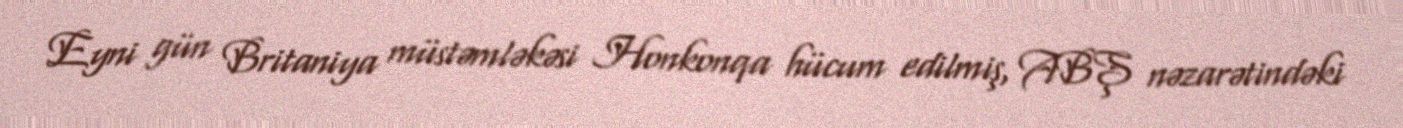
Eyni gün Britaniya müstəmləkəsi Honkonqa hücum edilmiş, ABŞ nəzarətindəki